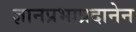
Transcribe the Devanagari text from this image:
ज्ञानप्रभाप्रदानेन